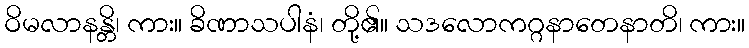
ဝိမလာနန္တိ၊ ကား။ ခိဏာသပါနံ၊ တို့၏။ သဒလောကဂ္ဂနာတေနာတိ၊ ကား။